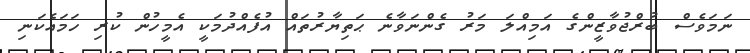
ނަމަވެސް ބުރްޖުވާޒީންގެ އަމިއްލަ މަރު ގެންނަވާނެ ޙަތިޔާރުތައް އުފެއްދުމަކީ އެމީހުން ކުރި ހަމައެކަނި